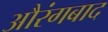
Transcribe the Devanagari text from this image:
औरंगबाद